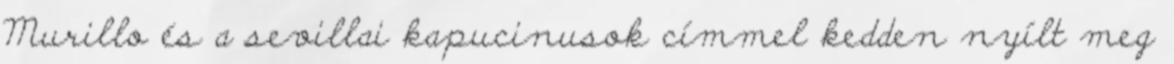
Murillo és a sevillai kapucinusok címmel kedden nyílt meg